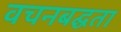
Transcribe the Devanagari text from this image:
वचनबद्घता